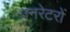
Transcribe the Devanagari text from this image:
ज्नरेटरों